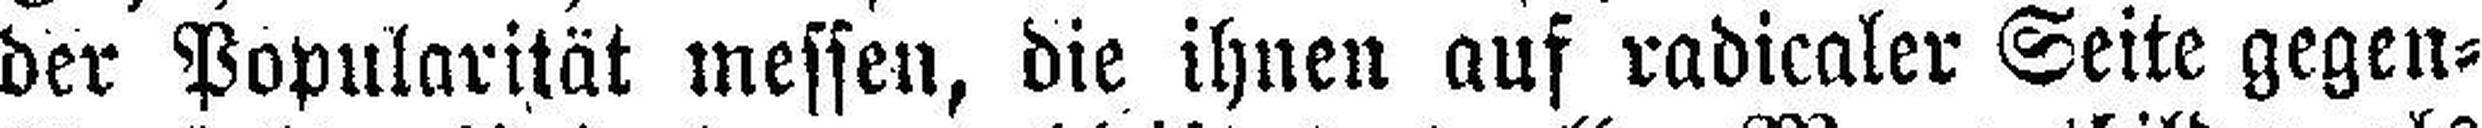
der Popularität messen, die ihnen auf radicaler Seite gegen¬